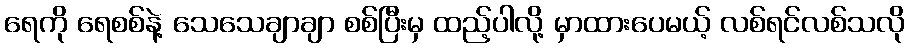
ရေကို ရေစစ်နဲ့ သေသေချာချာ စစ်ပြီးမှ ထည့်ပါလို့ မှာထားပေမယ့် လစ်ရင်လစ်သလို